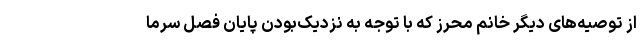
از توصیه‌های دیگر خانم محرز که با توجه به نزدیک‌بودن پایان فصل سرما